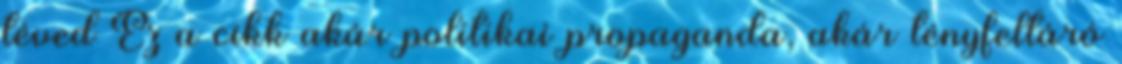
téved Ez a cikk akár politikai propaganda, akár tényfeltáró